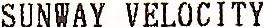
SUNWAY VELOCITY